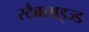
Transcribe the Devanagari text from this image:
स्टैबलाइज्ड